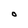
Character: O